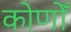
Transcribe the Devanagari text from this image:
कोणोँ